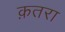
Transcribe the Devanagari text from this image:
क़तरा